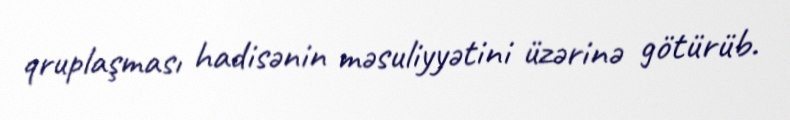
qruplaşması hadisənin məsuliyyətini üzərinə götürüb.